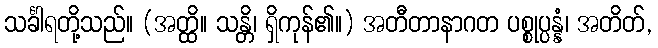
သင်္ခါရတို့သည်။ (အတ္ထိ။ သန္တိ၊ ရှိကုန်၏။) အတီတာနာဂတ ပစ္စုပ္ပန္နံ၊ အတိတ်,